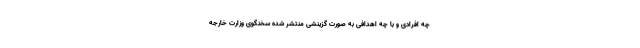
چه افرادی و با چه اهدافی به صورت گزینشی منتشر شده سخنگوی وزارت خارجه